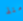
منذ